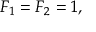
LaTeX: F _ { 1 } = F _ { 2 } = 1 ,